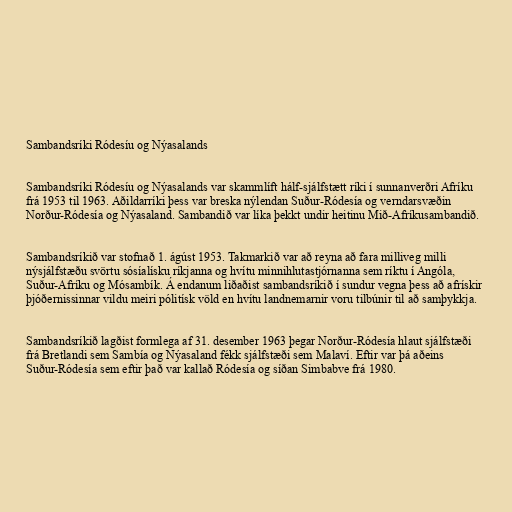
Sambandsríki Ródesíu og Nýasalands

Sambandsríki Ródesíu og Nýasalands var skammlíft hálf-sjálfstætt ríki í sunnanverðri Afríku
frá 1953 til 1963. Aðildarríki þess var breska nýlendan Suður-Ródesía og verndarsvæðin
Norður-Ródesía og Nýasaland. Sambandið var líka þekkt undir heitinu Mið-Afríkusambandið.

Sambandsríkið var stofnað 1. ágúst 1953. Takmarkið var að reyna að fara milliveg milli
nýsjálfstæðu svörtu sósíalísku ríkjanna og hvítu minnihlutastjórnanna sem ríktu í Angóla,
Suður-Afríku og Mósambík. Á endanum liðaðist sambandsríkið í sundur vegna þess að afrískir
þjóðernissinnar vildu meiri pólitísk völd en hvítu landnemarnir voru tilbúnir til að samþykkja.

Sambandsríkið lagðist formlega af 31. desember 1963 þegar Norður-Ródesía hlaut sjálfstæði
frá Bretlandi sem Sambía og Nýasaland fékk sjálfstæði sem Malaví. Eftir var þá aðeins
Suður-Ródesía sem eftir það var kallað Ródesía og síðan Simbabve frá 1980.